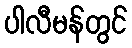
ပါလီမန်တွင်